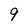
Character: 9